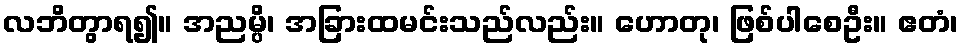
လဘိတွာရ၍။ အညမ္ပိ၊ အခြားထမင်းသည်လည်း။ ဟောတု၊ ဖြစ်ပါစေဦး။ ဧတံ၊